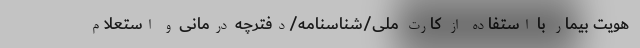
هویت بیمار با استفاده از کارت ملی/شناسنامه/دفترچه درمانی و استعلام